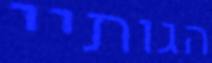
הגותיי